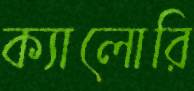
ক্যালোরি